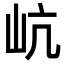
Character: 𡵻